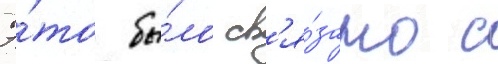
Э́то бы́ло св'я́зано с